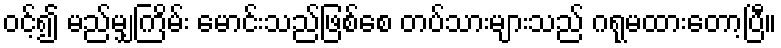
ဝင့်၍ မည်မျှကြိမ်း မောင်းသည်ဖြစ်စေ တပ်သားများသည် ဂရုမထားတော့ပြီ။